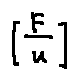
[ \frac { F } { u } ]